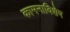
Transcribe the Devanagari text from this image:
कामनाविशेष